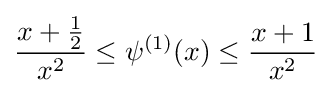
{\frac {x+{\frac {1}{2}}}{x^{2}}}\leq \psi ^{(1)}(x)\leq {\frac {x+1}{x^{2}}}